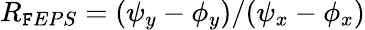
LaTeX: R_{\mathtt{F}EPS}=(\psi_{y}-\phi_{y})/(\psi_{x}-\phi_{x})